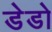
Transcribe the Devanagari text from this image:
डेडो